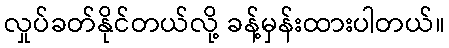
လှုပ်ခတ်နိုင်တယ်လို့ ခန့်မှန်းထားပါတယ်။